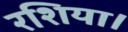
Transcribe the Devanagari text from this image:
रशिया।